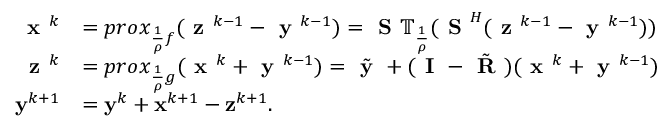
\begin{array} { r l } { \textbf { x } ^ { k } } & { = p r o x _ { \frac { 1 } { \rho } f } ( \textbf { z } ^ { k - 1 } - \textbf { y } ^ { k - 1 } ) = \textbf { S } \mathbb { T } _ { \frac { 1 } { \rho } } ( \textbf { S } ^ { H } ( \textbf { z } ^ { k - 1 } - \textbf { y } ^ { k - 1 } ) ) } \\ { \textbf { z } ^ { k } } & { = p r o x _ { \frac { 1 } { \rho } g } ( \textbf { x } ^ { k } + \textbf { y } ^ { k - 1 } ) = \tilde { \textbf { y } } + ( \textbf { I } - \tilde { \textbf { R } } ) ( \textbf { x } ^ { k } + \textbf { y } ^ { k - 1 } ) } \\ { \mathbf { y } ^ { k + 1 } } & { = \mathbf { y } ^ { k } + \mathbf { x } ^ { k + 1 } - \mathbf { z } ^ { k + 1 } . } \end{array}